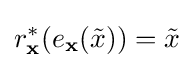
r_{\mathbf {x} }^{*}(e_{\mathbf {x} }({\tilde {x}}))={\tilde {x}}